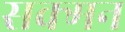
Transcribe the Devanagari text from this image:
सक्मन